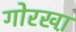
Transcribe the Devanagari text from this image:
गोरखा़